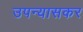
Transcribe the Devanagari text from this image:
उपन्यासकर